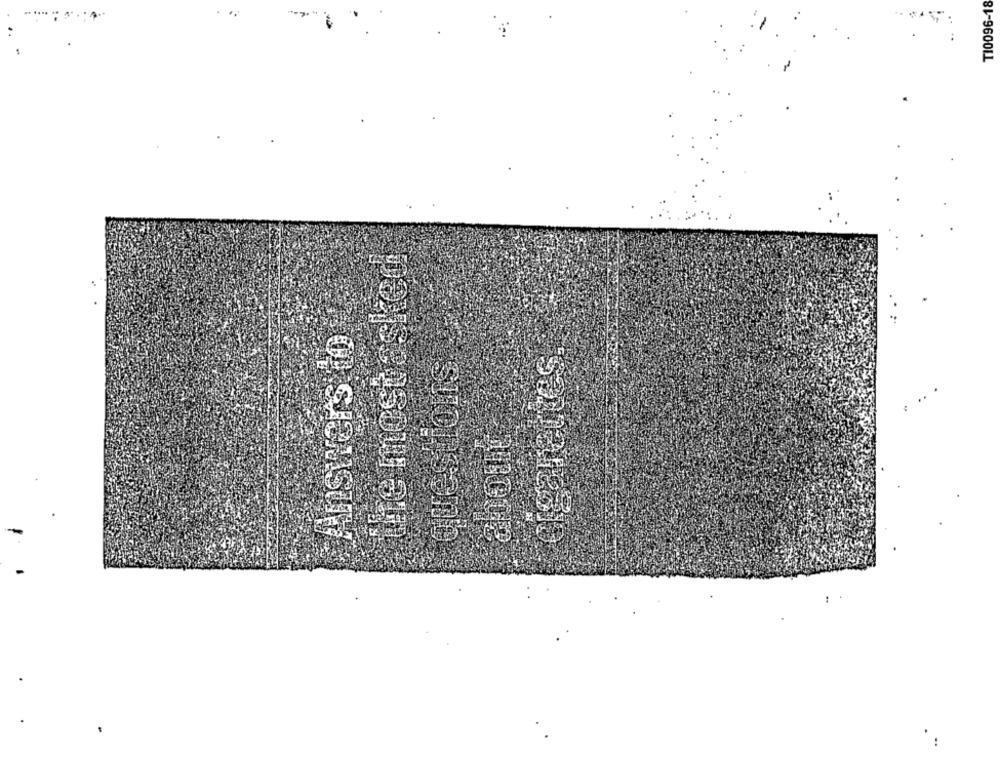
T10096-18
..
sionsono